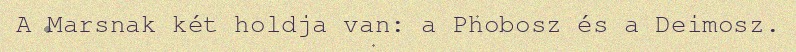
A Marsnak két holdja van: a Phobosz és a Deimosz.